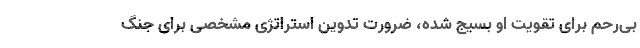
بی‌رحم برای تقویت او بسیج شده، ضرورت تدوین استراتژی مشخصی برای جنگ